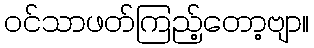
ဝင်သာဖတ်ကြည့်တော့ဗျာ။